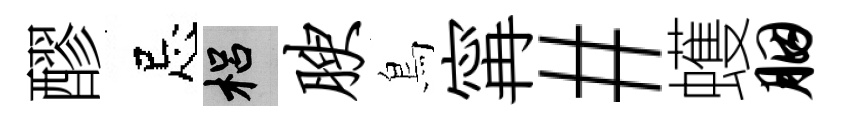
醪忌梠腴鳥𡩋#蠖胭